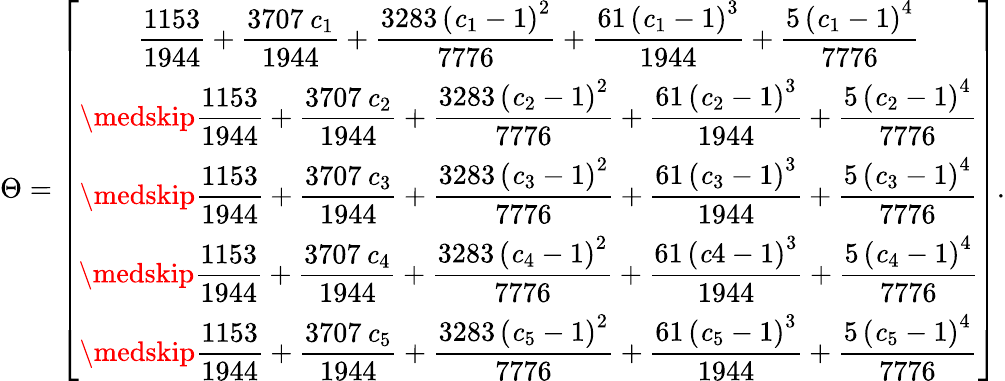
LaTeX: \Theta=\left[\begin{array}{c}{\displaystyle{\frac{1153}{1944}}+{\frac{3707\, {\mathit c_{1}}}{1944}}+{\frac{3283\, \left({\mathit c_{1}}-1\right)^{2}}{7776}}+{\frac{61\, \left({\mathit c_{1}}-1\right)^{3}}{1944}}+{\frac{5\, \left({\mathit c_{1}}-1\right)^{4}}{7776}}}\\ {\displaystyle{\medskip}{\frac{1153}{1944}}+{\frac{3707\, {\mathit c_{2}}}{1944}}+{\frac{3283\, \left({\mathit c_{2}}-1\right)^{2}}{7776}}+{\frac{61\, \left({\mathit c_{2}}-1\right)^{3}}{1944}}+{\frac{5\, \left({\mathit c_{2}}-1\right)^{4}}{7776}}}\\ {\displaystyle{\medskip}{\frac{1153}{1944}}+{\frac{3707\, {\mathit c_{3}}}{1944}}+{\frac{3283\, \left({\mathit c_{3}}-1\right)^{2}}{7776}}+{\frac{61\, \left({\mathit c_{3}}-1\right)^{3}}{1944}}+{\frac{5\, \left({\mathit c_{3}}-1\right)^{4}}{7776}}}\\ {\displaystyle{\medskip}{\frac{1153}{1944}}+{\frac{3707\, {\mathit c_{4}}}{1944}}+{\frac{3283\, \left({\mathit c_{4}}-1\right)^{2}}{7776}}+{\frac{61\, \left({\mathit c4}-1\right)^{3}}{1944}}+{\frac{5\, \left({\mathit c_{4}}-1\right)^{4}}{7776}}}\\ {\displaystyle{\medskip}{\frac{1153}{1944}}+{\frac{3707\, {\mathit c_{5}}}{1944}}+{\frac{3283\, \left({\mathit c_{5}}-1\right)^{2}}{7776}}+{\frac{61\, \left({\mathit c_{5}}-1\right)^{3}}{1944}}+{\frac{5\, \left({\mathit c_{5}}-1\right)^{4}}{7776}}}\end{array}\right].